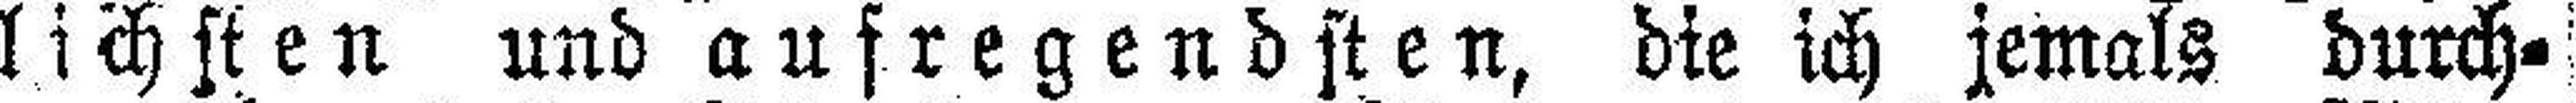
lichsten und aufregendsten, die ich jemals durch¬